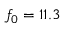
f _ { 0 } = 1 1 . 3